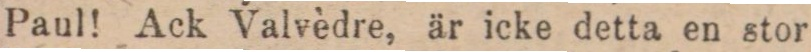
Paul! Ack Valvèdre, är icke detta en stor